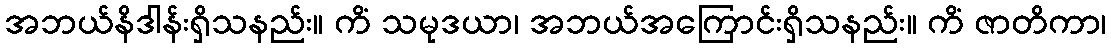
အဘယ်နိဒါန်းရှိသနည်း။ ကိံ သမုဒယာ၊ အဘယ်အကြောင်းရှိသနည်း။ ကိံ ဇာတိကာ၊